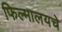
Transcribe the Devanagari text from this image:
फिल्मालयचे